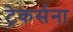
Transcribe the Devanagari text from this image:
ट्रेकर्सना